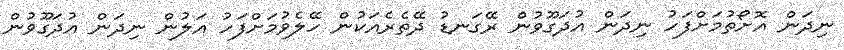
ނިދަން އޮށޯތުމަށްފަހު ނިދަން އުދަގޫވުން ރޭގަނޑު ދޭތެރެއަކުން ހޭލެވުމަށްފަހު އަލުން ނިދަން އުދަގޫވުން